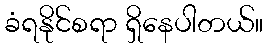
ခံရနိုင်စရာ ရှိနေပါတယ်။